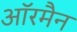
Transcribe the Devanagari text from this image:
ऑरमैन